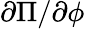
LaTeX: \partial\Pi/\partial\phi